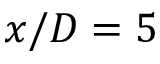
x / D = 5